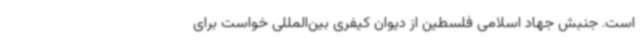
است. جنبش جهاد اسلامی فلسطین از دیوان کیفری بین‌المللی خواست برای